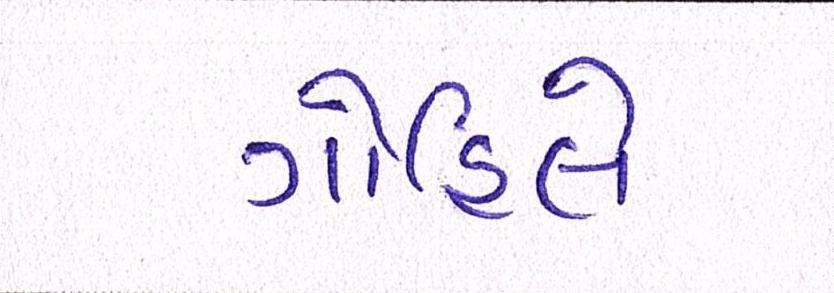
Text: ગોહિલે